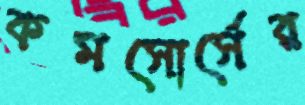
কমসোর্সের